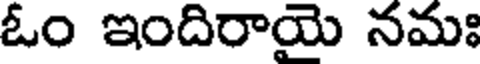
ఓం ఇందిరాయై నమః